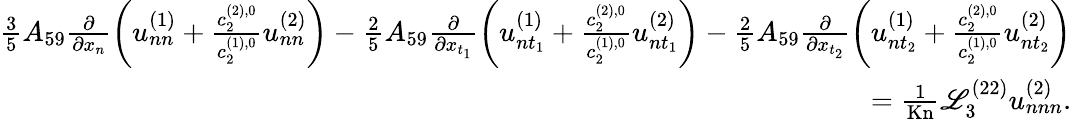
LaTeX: \begin{array}{r}{\frac{3}{5}A_{59}\frac{\partial}{\partial x_{n}}\left(u_{nn}^{(1)}+\frac{c_{2}^{(2),0}}{c_{2}^{(1),0}}u_{nn}^{(2)}\right)-\frac{2}{5}A_{59}\frac{\partial}{\partial x_{t_{1}}}\left(u_{nt_{1}}^{(1)}+\frac{c_{2}^{(2),0}}{c_{2}^{(1),0}}u_{nt_{1}}^{(2)}\right)-\frac{2}{5}A_{59}\frac{\partial}{\partial x_{t_{2}}}\left(u_{nt_{2}}^{(1)}+\frac{c_{2}^{(2),0}}{c_{2}^{(1),0}}u_{nt_{2}}^{(2)}\right)}\\ {=\frac{1}{\mathrm{Kn}}\mathscr{L}_{3}^{(22)}u_{nnn}^{(2)}.}\end{array}